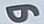
و